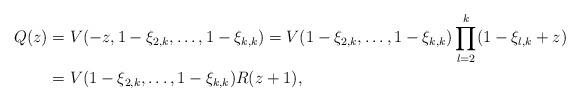
LaTeX: \begin{align*}Q(z)&=V(-z,1-\xi_{2,k},\ldots,1-\xi_{k,k})=V(1-\xi_{2,k},\ldots,1-\xi_{k,k})\prod_{l=2}^{k}(1-\xi_{l,k}+z)\\&=V(1-\xi_{2,k},\ldots,1-\xi_{k,k})R(z+1),\end{align*}